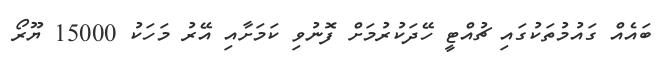
ބައެއް ގައުމުތަކުގައި ޗުއްޓީ ހޭދަކުރުމަށް ފޮނުވި ކަމަށާއި އޭރު މަހަކު 15000 ޔޫރޯ